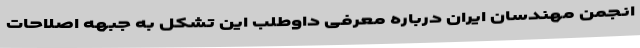
انجمن مهندسان ایران درباره معرفی داوطلب این تشکل به جبهه اصلاحات